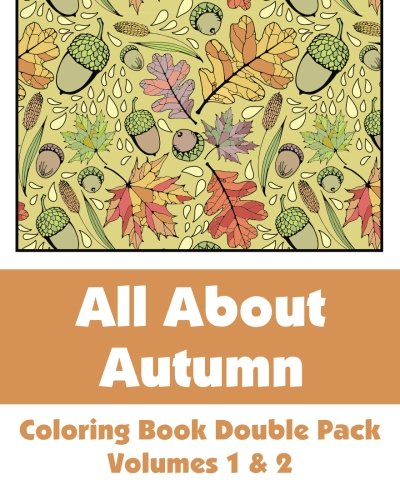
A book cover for All About Autumn Coloring Book Double Pack (Volumes 1 & 2) (Art-Filled Fun Coloring Books); Various; Arts & Photography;